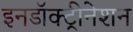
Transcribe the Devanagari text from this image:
इनडॉक्ट्रीनेशन